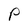
Character: P